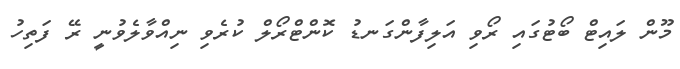
މޫން ލައިޓް ބޯޓުގައި ރޯވި އަލިފާންގަނޑު ކޮންޓްރޯލް ކުރެވި ނިއްވާލެވުނީ ރޭ ފަތިހު